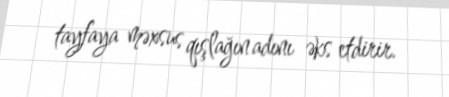
tayfaya məxsus qışlağın adını əks etdirir.